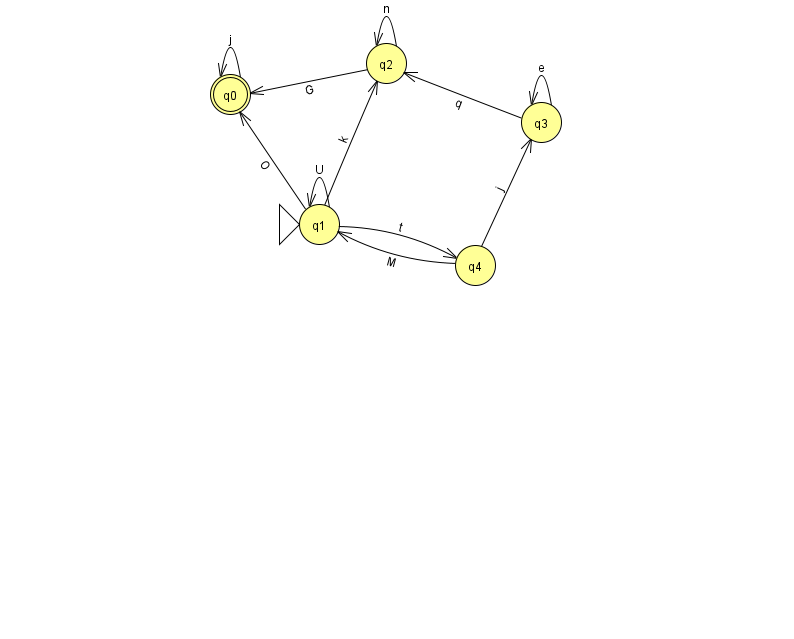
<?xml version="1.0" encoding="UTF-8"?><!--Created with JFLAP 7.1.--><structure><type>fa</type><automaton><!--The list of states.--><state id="0" name="q0"><x>230.0</x><y>81.0</y><final/></state><state id="1" name="q1"><x>319.0</x><y>211.0</y><initial/></state><state id="2" name="q2"><x>386.0</x><y>50.0</y></state><state id="3" name="q3"><x>541.0</x><y>109.0</y></state><state id="4" name="q4"><x>475.0</x><y>252.0</y></state><!--The list of transitions.--><transition><from>1</from><to>0</to><read>O</read></transition><transition><from>1</from><to>1</to><read>U</read></transition><transition><from>3</from><to>3</to><read>e</read></transition><transition><from>4</from><to>1</to><read>M</read></transition><transition><from>0</from><to>0</to><read>j</read></transition><transition><from>1</from><to>2</to><read>k</read></transition><transition><from>2</from><to>0</to><read>G</read></transition><transition><from>3</from><to>2</to><read>q</read></transition><transition><from>4</from><to>3</to><read>j</read></transition><transition><from>1</from><to>4</to><read>t</read></transition><transition><from>2</from><to>2</to><read>n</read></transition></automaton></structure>